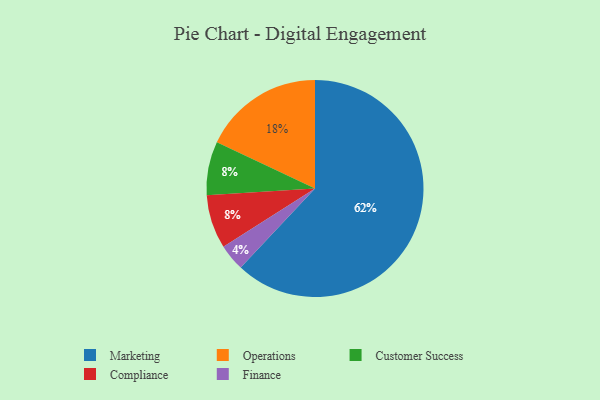
{"axis": {"x": "Category", "y": "Percentage"}, "legend": ["Compliance", "Customer Success", "Finance", "Marketing", "Operations"], "data": [{"x": "Customer Success", "y": 8, "type": "Customer Success"}, {"x": "Operations", "y": 18, "type": "Operations"}, {"x": "Compliance", "y": 8, "type": "Compliance"}, {"x": "Finance", "y": 4, "type": "Finance"}, {"x": "Marketing", "y": 62, "type": "Marketing"}]}